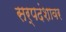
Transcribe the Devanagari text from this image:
सर्पदंशावर